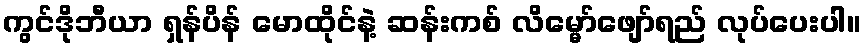
ကွင်ဒိုဘီယာ ရှန်ပိန် မောထိုင်နဲ့ ဆန်းကစ် လိမ္မော်ဖျော်ရည် လုပ်ပေးပါ။